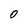
Character: 0